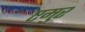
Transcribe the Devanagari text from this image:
एमुर